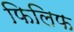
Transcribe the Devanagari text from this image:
फिलिफ